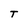
Character: T